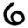
Digit: 6